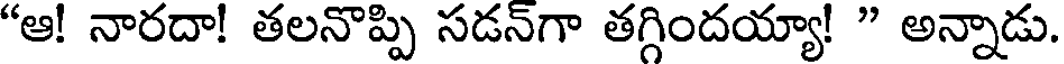
"ఆ! నారదా! తలనొప్పి సడన్గా తగ్గిందయ్యా! " అన్నాడు.